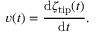
v ( t ) = \frac { \mathrm { d } \zeta _ { \mathrm { t i p } } ( t ) } { \mathrm { d } t } .